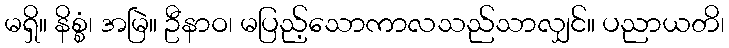
မရှိ။ နိစ္စံ၊ အမြဲ။ ဦနာဝ၊ မပြည့်သောကာလသည်သာလျှင်။ ပညာယတိ၊